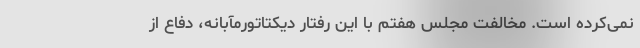
نمی‌کرده است. مخالفت مجلس هفتم با این رفتار دیکتاتورمآبانه، دفاع از